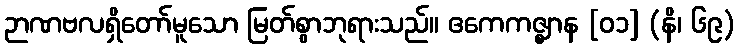
ဉာဏဗလရှိတော်မူသော မြတ်စွာဘုရားသည်။ ဧကေကဇ္ဈာန [၀၁] (နိ၊ ၆၉)